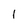
Character: l